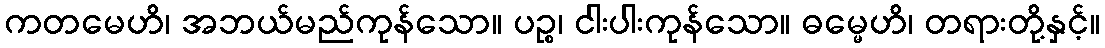
ကတမေဟိ၊ အဘယ်မည်ကုန်သော။ ပဉ္စ၊ ငါးပါးကုန်သော။ ဓမ္မေဟိ၊ တရားတို့နှင့်။